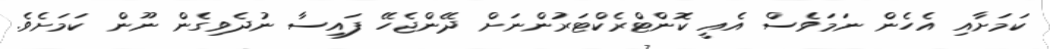
ކަމަށާއި އެހެން ނަމަވެސް އެއީ ކޮންޓްރެކްޓަރުންނަށް ދޭންޖެހޭ ފައިސާ ނުދެވިގެން ނޫން ކަމަށެވެ.